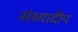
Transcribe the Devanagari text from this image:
संध्यादीप